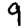
Digit: 9